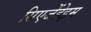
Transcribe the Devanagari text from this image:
सिएजेंहेइम